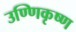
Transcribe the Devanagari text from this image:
उण्णिकृष्ण